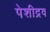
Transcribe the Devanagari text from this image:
पेशीद्रव